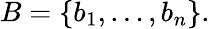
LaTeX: B=\{ b_{1},\ldots,b_{n}\} .